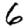
Digit: 6